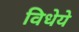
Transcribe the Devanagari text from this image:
विधेये